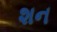
શન